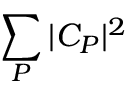
\sum _ { P } | C _ { P } | ^ { 2 }